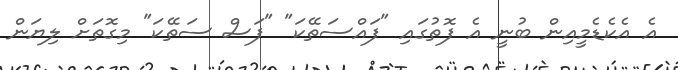
އެ އެކެޑެމީއިން ބުނީ އެ ފޮތުގައި "ފައްސަތޭކަ" "ފަސް ސަތޭކަ" މިގޮތަށް ލިޔަން